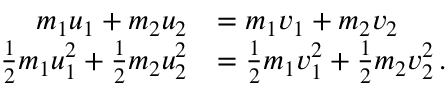
{ \begin{array} { r l } { m _ { 1 } u _ { 1 } + m _ { 2 } u _ { 2 } } & { = m _ { 1 } v _ { 1 } + m _ { 2 } v _ { 2 } } \\ { { \frac { 1 } { 2 } } m _ { 1 } u _ { 1 } ^ { 2 } + { \frac { 1 } { 2 } } m _ { 2 } u _ { 2 } ^ { 2 } } & { = { \frac { 1 } { 2 } } m _ { 1 } v _ { 1 } ^ { 2 } + { \frac { 1 } { 2 } } m _ { 2 } v _ { 2 } ^ { 2 } \, . } \end{array} }